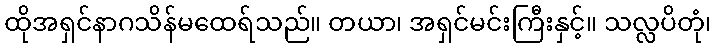
ထိုအရှင်နာဂသိန်မထေရ်သည်။ တယာ၊ အရှင်မင်းကြီးနှင့်။ သလ္လပိတုံ၊